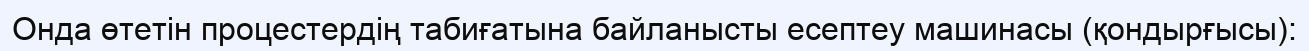
Онда өтетін процестердің табиғатына байланысты есептеу машинасы (қондырғысы):